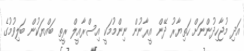
އަދި މުޖާހިދުންނަށް ހަތިޔާރު ދޭން އީރާނުން ނިންމުމަކީ އިސްރާއީލް ރީތި ބައްޔަކުން ބަލިވުމުގެ